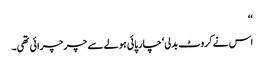
‘‘
اس نے کروٹ بدلی‘ چارپائی ہولے سے چر چرائی تھی۔